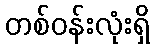
တစ်ဝန်းလုံးရှိ